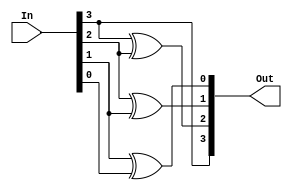
// Beh Level Comparator 

module bcdToGray(Out, In);
  integer i;
  input [3:0]In;
  wire [3:0]In;
  output [3:0]Out;
  reg [3:0]Out;
  always@(In)
  begin
    Out[3] = In[3];
    for(i = 3; i > -1; i=i-1)
      Out[i-1] = In[i] ^ In[i-1];
  end
endmodule 

module testbench03;
  reg [3:0]In;
  wire [3:0]Out;
  bcdToGray mod(Out, In);
  initial
  begin
    $monitor($time, " In=%4b, Out=%4b.", In, Out);
    #0  In = 4'b0000;
      repeat(9)
    #10 In = In + 4'b0001;
  end
endmodule